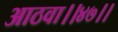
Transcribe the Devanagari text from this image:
आठवा।।४७।।